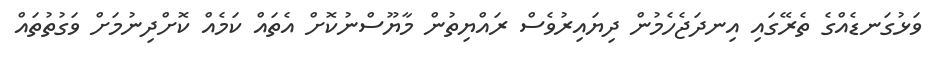
ވަޅުގަނޑެއްގެ ތެރޭގައި އިނދަޖެހެމުން ދިޔައިރުވެސް ރައްޔިތުން މާޔޫސްނުކޮށް އެތައް ކަމެއް ކޮށްދިނުމަށް ވަގުތުތައް